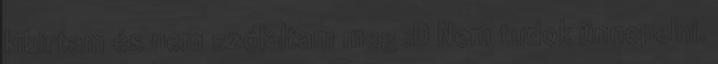
kibirtam és nem szólaltam meg :D Nem tudok ünnepelni.